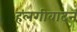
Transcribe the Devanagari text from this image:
हलगीवादन